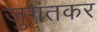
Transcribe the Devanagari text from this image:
जुगंतकर